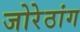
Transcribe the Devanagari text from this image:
जोरेठांग